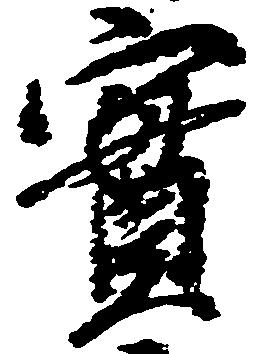
実